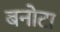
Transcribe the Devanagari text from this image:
बनोटा